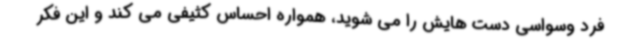
فرد وسواسی دست هایش را می شوید، همواره احساس کثیفی می کند و این فکر